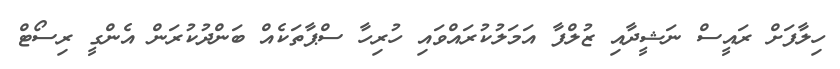
ހިލާފަށް ރައީސް ނަޝީދާއި ޒުލްފާ އަމަލުކުރައްވައި ހުރިހާ ސްޕާތަކެއް ބަންދުކުރަން އެންގީ ރިސޯޓް